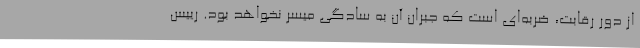
از دور رقابت، ضربه‌ای است که جبران آن به سادگی میسر نخواهد بود. رییس